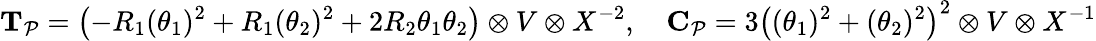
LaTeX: \mathbf{T}_{\mathcal{P}}=\left(-R_{1}(\theta_{1})^{2}+R_{1}(\theta_{2})^{2}+2R_{2}\theta_{1}\theta_{2}\right)\otimes V\otimes X^{-2},\quad\mathbf{C}_{\mathcal{P}}=3\left((\theta_{1})^{2}+(\theta_{2})^{2}\right)^{2}\otimes V\otimes X^{-1}